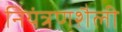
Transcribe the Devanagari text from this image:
नियंत्रणशैली